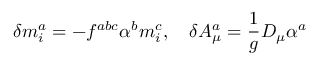
\delta m _ { i } ^ { a } = - f ^ { a b c } \alpha ^ { b } m _ { i } ^ { c } , \quad \delta A _ { \mu } ^ { a } = \frac 1 g D _ { \mu } \alpha ^ { a }